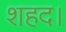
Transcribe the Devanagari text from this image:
शहद।